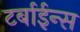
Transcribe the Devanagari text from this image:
टर्बाईन्स